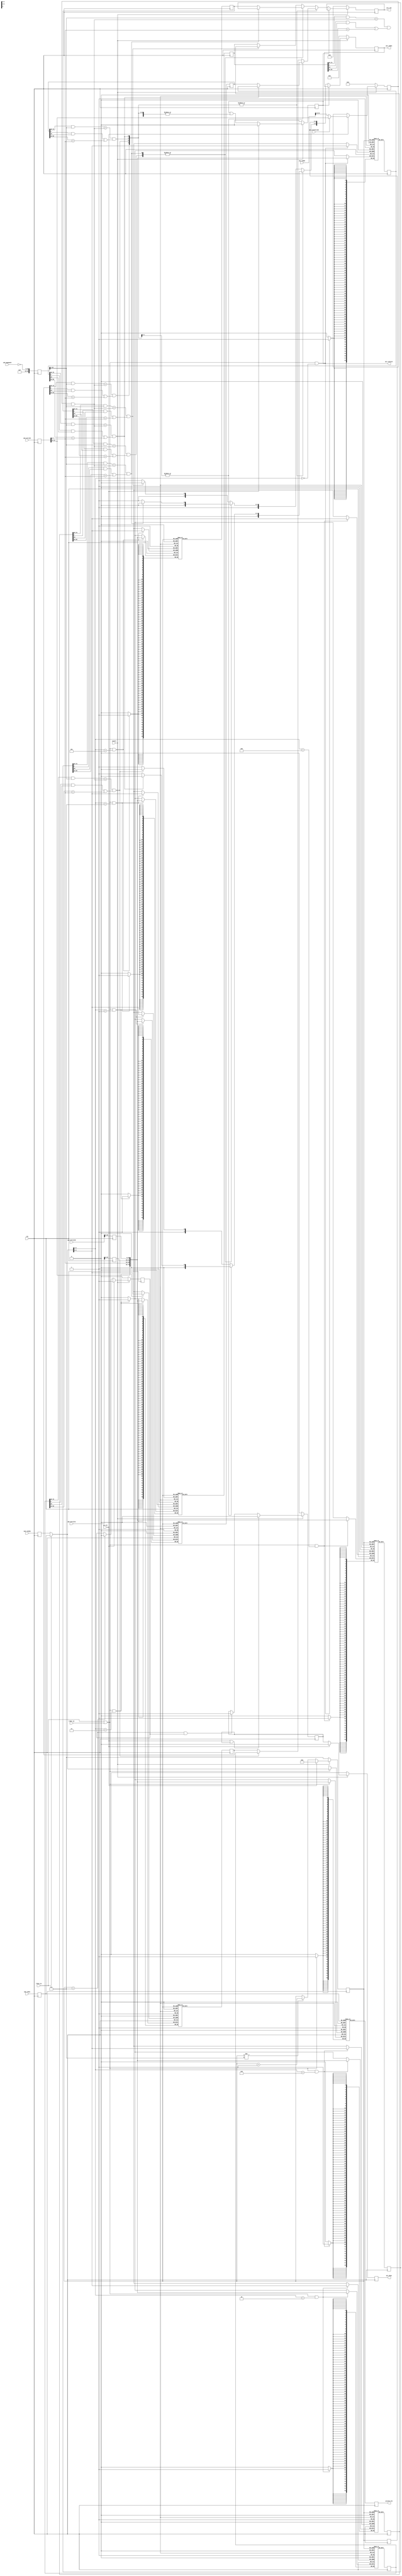
module l2_tlb(
    input           clk,
    input           resetn,
    //来自CP0的寄存器，任何时刻都将寄存器的值捕获到自身模块中
    input[31:0]     cp0_entryhi,
    input[31:0]     cp0_entrylo0,
    input[31:0]     cp0_entrylo1,
    input[5:0]      cp0_index,
    input[5:0]      cp0_random,
    input[15:0]     cp0_pagemask,
    //地址查询端口
    input           qry_en,
    input[31:0]     qry_vaddr,
    input           qry_useentryhi, //TLBP支持
    output[78:0]    qry_tlb,        //79位TLB表项，提供给L1 TLB
    output          qry_isexist,
    output[5:0]     qry_index,
    output          qry_done,
    //基于index的查询端口（当index被修改后即自动读出了）
    output[78:0]    qryind_tlb,     //提供给CP0令其修改Entry
    //修改端口
    input           tlbwi_en,
    input           tlbwr_en    //这俩使能是独立的，无需提供CP0，因为早已捕获在内了
    );

    /*
        cycle 0: qry_en=1
        cycle 1: ptr=0
        cycle 2: ptr=1, tlbs=col[0]
        ...
        cycle 8: ptr=7, tlbs=col[6], start=1
        cycle 9: ptr=7, tlbs=col[7], start=0, done0=1, done1=0;
        cycle 10:ptr=7, get result, done0=0, done1=1
        10拍后输出查询结果
    */

    reg[31:0] entryhi,entrylo0,entrylo1;
    reg[5:0] index,random;
    reg[19:0] pagemask;
    always@(posedge clk) begin
        entryhi<=cp0_entryhi;
        entrylo0<=cp0_entrylo0;
        entrylo1<=cp0_entrylo1;
        index<=cp0_index;
        random<=cp0_random;
        pagemask<={4'b1111,~cp0_pagemask};
    end

    /*
    entryhi[31:13]=vpn2, [7:0]=asid,
    entrylo[25:6]=pfn, [5:3]=c, [2]=d, [1]=v, [0]=g
    */

    wire[78:0] newtlb={entryhi[31:13],entryhi[7:0],entrylo1[25:0],entrylo0[25:0]};

    //物理TLB表项，8*8矩阵，仅用于按地址查询（而不是按index读）
    //每个TLB表项组织为26*2+8+19=79位
    //[0]=g0, [1]=v0, [2]=d0, [5:3]=c0, [25:6]=pfn0,
    //[26]=g1, [27]=v1, [28]=d1, [31:29]=c1, [51:32]=pfn1
    //[59:52]=asid, [78:60]=vpn2
    reg[78:0] tlb0[0:7];    //0~7
    reg[78:0] tlb1[0:7];    //8~15
    reg[78:0] tlb2[0:7];    //16~23
    reg[78:0] tlb3[0:7];    
    reg[78:0] tlb4[0:7];    
    reg[78:0] tlb5[0:7];    
    reg[78:0] tlb6[0:7];    
    reg[78:0] tlb7[0:7];  
    reg[78:0] tlbs[0:7];        //缓存读出来的8行TLB表项
    reg[78:0] tlb_phy[0:63];    //用于TLBR
    reg[78:0] tlbr_result;      //预先读取出的TLBR的结果  

    wire[5:0] windex=tlbwi_en ? index : random;

    assign qryind_tlb=tlbr_result;
    always@(posedge clk) begin
        tlbr_result<=tlb_phy[index];
    end
    always@(posedge clk)
        if(tlbwi_en | tlbwr_en)
            tlb_phy[windex]<=newtlb;
    genvar i;
    generate
        for(i=0; i < 64; i=i + 1) begin
            initial begin
                tlb_phy[i]=0;
            end
        end
    endgenerate
    
    reg[2:0] ptr;   //查询指针
    reg[2:0] oldptr;
    reg[5:0] findindex; //中途找到的TLB index
    reg[78:0] findtlb;  //中途找到的TLB表项
    reg isfind;
    reg[18:0] findvpn;
    reg start,done0,done1;
    assign qry_done=done1;

    assign qry_tlb=findtlb;
    assign qry_isexist=isfind;
    assign qry_index=findindex;

    always@(posedge clk) begin
        oldptr<=ptr;
        tlbs[0]<=tlb0[ptr];
        tlbs[1]<=tlb1[ptr];
        tlbs[2]<=tlb2[ptr];
        tlbs[3]<=tlb3[ptr];
        tlbs[4]<=tlb4[ptr];
        tlbs[5]<=tlb5[ptr];
        tlbs[6]<=tlb6[ptr];
        tlbs[7]<=tlb7[ptr];
    end

    wire[7:0] line_wen;
    wire[7:0] hit;

    generate
        for(i=0; i < 8; i=i + 1) begin
            assign line_wen[i]=(tlbwi_en | tlbwr_en) & (windex[5:3] == i);
            assign hit[i]=((tlbs[i][78:60] & pagemask[19:1]) == (findvpn & pagemask[19:1])) & ((tlbs[i][0] & tlbs[i][26]) | (tlbs[i][59:52] == entryhi[7:0]));
            initial begin
                tlb0[i]=0;
                tlb1[i]=0;
                tlb2[i]=0;
                tlb3[i]=0;
                tlb4[i]=0;
                tlb5[i]=0;
                tlb6[i]=0;
                tlb7[i]=0;
            end
        end
    endgenerate

    always@(posedge clk) begin
        if(line_wen[0])
            tlb0[windex[2:0]]<=newtlb;
        if(line_wen[1])
            tlb1[windex[2:0]]<=newtlb;
        if(line_wen[2])
            tlb2[windex[2:0]]<=newtlb;
        if(line_wen[3])
            tlb3[windex[2:0]]<=newtlb;
        if(line_wen[4])
            tlb4[windex[2:0]]<=newtlb;
        if(line_wen[5])
            tlb5[windex[2:0]]<=newtlb;
        if(line_wen[6])
            tlb6[windex[2:0]]<=newtlb;
        if(line_wen[7])
            tlb7[windex[2:0]]<=newtlb;
    end

    always@(posedge clk) begin
        if(~resetn) begin
            ptr<=7;
            findindex<=0;
            findtlb<=0;
            isfind<=0;
            findvpn<=0;
            start<=0;
            done0<=0;
            done1<=0;
        end
        else begin
            if(qry_en)
                ptr<=0;
            else if(ptr != 7)
                ptr<=ptr + 1;
            if(qry_en)
                isfind<=0;
            else
                isfind<=isfind | (|hit);
            if(qry_en)
                findvpn<=qry_useentryhi ? entryhi[31:13] : qry_vaddr[31:13];
            if(~isfind) begin
                findindex<={(|hit[3:0]) ? ((|hit[1:0]) ? (hit[0] ? 3'd0 : 3'd1) : (hit[2] ? 3'd2 : 3'd3)) : ((|hit[5:4]) ? (hit[4] ? 3'd4 : 3'd5) : (hit[6] ? 3'd6 : 3'd7)),oldptr};
                findtlb<=(|hit[3:0]) ? ((|hit[1:0]) ? (hit[0] ? tlbs[0] : tlbs[1]) : (hit[2] ? tlbs[2] : tlbs[3])) : ((|hit[5:4]) ? (hit[4] ? tlbs[4] : tlbs[5]) : (hit[6] ? tlbs[6] : tlbs[7]));
            end
            if(qry_en)
                start<=1;
            else if(ptr == 7)
                start<=0;
            if(qry_en | done0)
                done0<=0;
            else if((ptr == 7) & start)
                done0<=1;
            if(qry_en)
                done1<=0;
            else
                done1<=done0;
        end
    end

endmodule